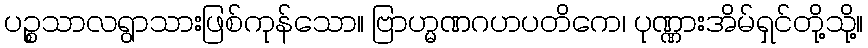
ပဉ္စသာလရွာသားဖြစ်ကုန်သော။ ဗြာဟ္မဏဂဟပတိကေ၊ ပုဏ္ဏားအိမ်ရှင်တို့သို့။